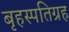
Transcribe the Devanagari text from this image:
बृहस्पतिग्रह